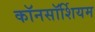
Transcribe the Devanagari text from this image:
कॉनसॉर्शियम